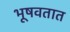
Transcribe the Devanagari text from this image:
भूषवतात